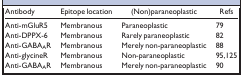
<table><thead><tr><td><b>Antibody</b></td><td><b>Epitope location</b></td><td><b>(Non)paraneoplastic</b></td><td><b>Refs</b></td></tr></thead><tbody><tr><td>Anti‐mGluR5</td><td>Membranous</td><td>Paraneoplastic</td><td>79</td></tr><tr><td>Anti‐DPPX‐6</td><td>Membranous</td><td>Rarely paraneoplastic</td><td>82</td></tr><tr><td>Anti‐GABA<sub>A</sub>R</td><td>Membranous</td><td>Merely non‐paraneoplastic</td><td>88</td></tr><tr><td>Anti‐glycineR</td><td>Membranous</td><td>Non‐paraneoplastic</td><td>95, 125</td></tr><tr><td>Anti‐GABA<sub>A</sub>R</td><td>Membranous</td><td>Merely non‐paraneoplastic</td><td>90</td></tr></tbody></table>